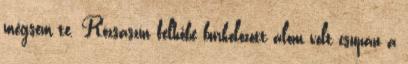
mégsem te. Rózsaszín felhőbe burkolózott álom volt csupán a